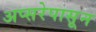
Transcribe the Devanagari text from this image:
अप्सरेपासून